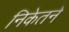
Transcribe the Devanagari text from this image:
निकेतने